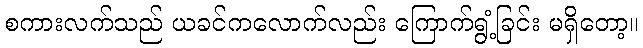
စကားလက်သည် ယခင်ကလောက်လည်း ကြောက်ရွံ့ခြင်း မရှိတော့။